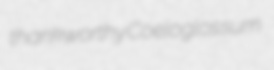
thankworthy Coeloglossum